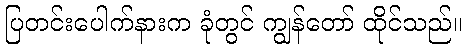
ပြတင်းပေါက်နားက ခုံတွင် ကျွန်တော် ထိုင်သည်။